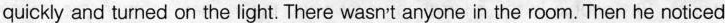
quickly and turned on the light. There wasn't anyone in the room. Then he noticed